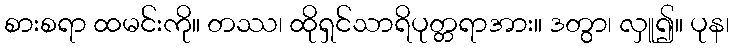
စားစရာ ထမင်းကို။ တဿ၊ ထိုရှင်သာရိပုတ္တရာအား။ ဒတွာ၊ လှူ၍။ ပုန၊